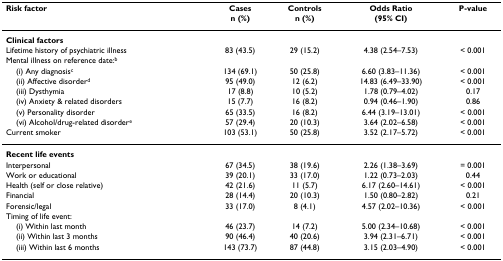
<table><thead><tr><td><b>Risk factor</b></td><td><b>Casesn (%)</b></td><td><b>Controlsn (%)</b></td><td><b>Odds Ratio(95% CI)</b></td><td><b>P-value</b></td></tr></thead><tbody><tr><td><b>Clinical factors</b></td><td></td><td></td><td></td><td></td></tr><tr><td>Lifetime history of psychiatric illness</td><td>83 (43.5)</td><td>29 (15.2)</td><td>4.38 (2.54–7.53)</td><td>&lt; 0.001</td></tr><tr><td>Mental illness on reference date:<sup>b</sup></td><td></td><td></td><td></td><td></td></tr><tr><td> (i) Any diagnosis<sup>c</sup></td><td>134 (69.1)</td><td>50 (25.8)</td><td>6.60 (3.83–11.36)</td><td>&lt; 0.001</td></tr><tr><td> (ii) Affective disorder<sup>d</sup></td><td>95 (49.0)</td><td>12 (6.2)</td><td>14.83 (6.49–33.90)</td><td>&lt; 0.001</td></tr><tr><td> (iii) Dysthymia</td><td>17 (8.8)</td><td>10 (5.2)</td><td>1.78 (0.79–4.02)</td><td>0.17</td></tr><tr><td> (iv) Anxiety &amp; related disorders</td><td>15 (7.7)</td><td>16 (8.2)</td><td>0.94 (0.46–1.90)</td><td>0.86</td></tr><tr><td> (v) Personality disorder</td><td>65 (33.5)</td><td>16 (8.2)</td><td>6.44 (3.19–13.01)</td><td>&lt; 0.001</td></tr><tr><td> (vi) Alcohol/drug-related disorder<sup>e</sup></td><td>57 (29.4)</td><td>20 (10.3)</td><td>3.64 (2.02–6.58)</td><td>&lt; 0.001</td></tr><tr><td>Current smoker</td><td>103 (53.1)</td><td>50 (25.8)</td><td>3.52 (2.17–5.72)</td><td>&lt; 0.001</td></tr><tr><td><b>Recent life events</b></td><td></td><td></td><td></td><td></td></tr><tr><td>Interpersonal</td><td>67 (34.5)</td><td>38 (19.6)</td><td>2.26 (1.38–3.69)</td><td>= 0.001</td></tr><tr><td>Work or educational</td><td>39 (20.1)</td><td>33 (17.0)</td><td>1.22 (0.73–2.03)</td><td>0.44</td></tr><tr><td>Health (self or close relative)</td><td>42 (21.6)</td><td>11 (5.7)</td><td>6.17 (2.60–14.61)</td><td>&lt; 0.001</td></tr><tr><td>Financial</td><td>28 (14.4)</td><td>20 (10.3)</td><td>1.50 (0.80–2.82)</td><td>0.21</td></tr><tr><td>Forensic/legal</td><td>33 (17.0)</td><td>8 (4.1)</td><td>4.57 (2.02–10.36)</td><td>&lt; 0.001</td></tr><tr><td>Timing of life event:</td><td></td><td></td><td></td><td></td></tr><tr><td> (i) Within last month</td><td>46 (23.7)</td><td>14 (7.2)</td><td>5.00 (2.34–10.68)</td><td>&lt; 0.001</td></tr><tr><td> (ii) Within last 3 months</td><td>90 (46.4)</td><td>40 (20.6)</td><td>3.94 (2.31–6.71)</td><td>&lt; 0.001</td></tr><tr><td> (iii) Within last 6 months</td><td>143 (73.7)</td><td>87 (44.8)</td><td>3.15 (2.03–4.90)</td><td>&lt; 0.001</td></tr></tbody></table>